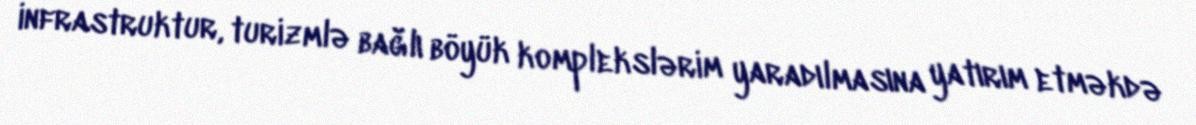
infrastruktur, turizmlə bağlı böyük komplekslərim yaradılmasına yatırım etməkdə